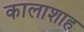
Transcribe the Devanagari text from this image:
कालाशाह